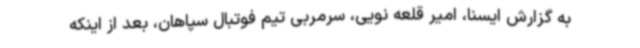
به گزارش ایسنا، امیر قلعه نویی، سرمربی تیم فوتبال سپاهان، بعد از اینکه